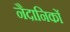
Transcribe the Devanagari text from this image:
नैदानिकों